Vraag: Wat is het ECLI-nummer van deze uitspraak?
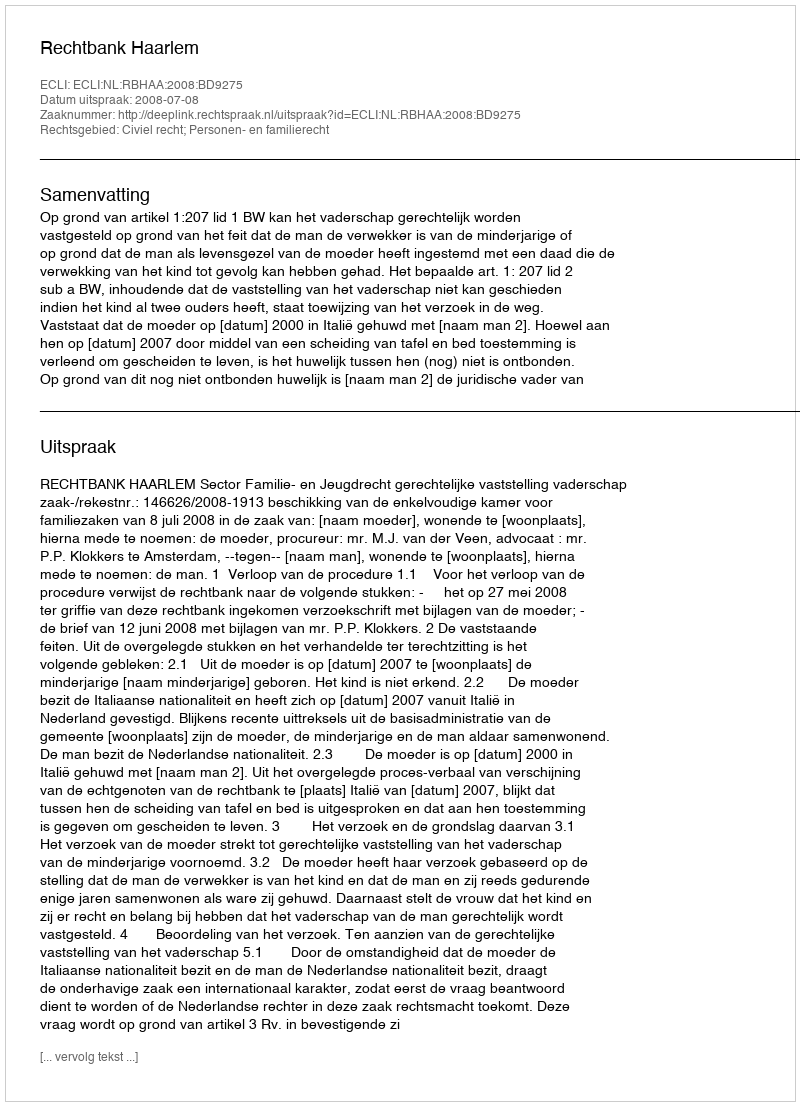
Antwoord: ECLI:NL:RBHAA:2008:BD9275